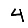
Digit: 4